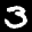
Label: 3